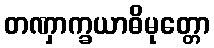
တဏှာက္ခယာဓိမုတ္တော